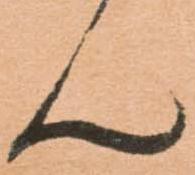
ん